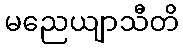
မညေယျာသီတိ